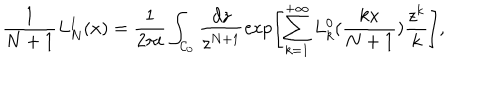
LaTeX: \frac { 1 } { N + 1 } { L _ { N } ^ { 1 } } ( x ) = \frac { 1 } { 2 \pi i } \int _ { { \cal C } _ { 0 } } \frac { d z } { z ^ { N + 1 } } \exp \Biggl [ \sum _ { k = 1 } ^ { + \infty } L _ { k } ^ { 0 } ( \frac { k x } { N + 1 } ) \frac { z ^ { k } } { k } \Biggr ] ,